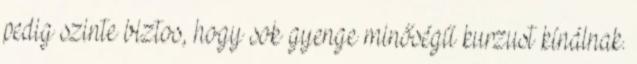
pedig szinte biztos, hogy sok gyenge minőségű kurzust kínálnak.